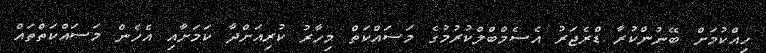
ހިއްކުމަށް ބޭނުންކުރާ ޑްރެޖަރު އެސެމްބްލްކުރުމުގެ މަސައްކަތް މިހާރު ކުރިއަށްދާ ކަމަށާއި އެހެން މަސައްކަތްތައް